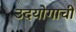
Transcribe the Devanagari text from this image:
उदयोगाची